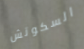
السكوتش